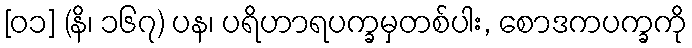
[၀၁] (နိ၊ ၁၆၇) ပန၊ ပရိဟာရပက္ခမှတစ်ပါး, စောဒကပက္ခကို